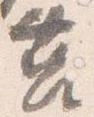
莒